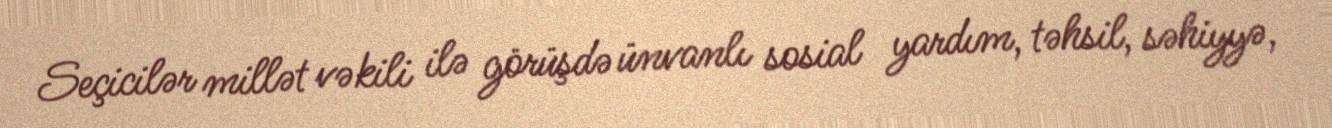
Seçicilər millət vəkili ilə görüşdə ünvanlı sosial yardım, təhsil, səhiyyə,